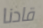
قادنا